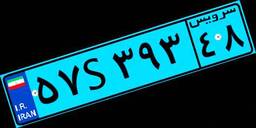
۵۷S۳۹۳۴۸